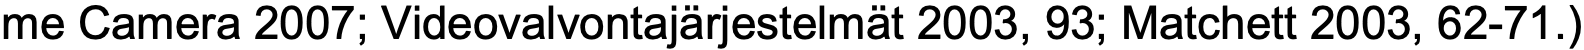
me Camera 2007; Videovalvontajärjestelmät 2003, 93; Matchett 2003, 62-71.)